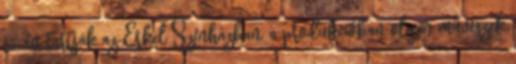
15-én tartják az Erkel Színházban, a produkcióban olyan művészek